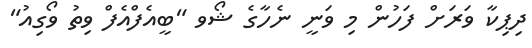
ދިޕިކާ ވަރަށް ފަހުން މި ވަނީ ނެހާގެ ޝޯވ "ބީއެފްއެފް ވިތު ވޯގިއު"